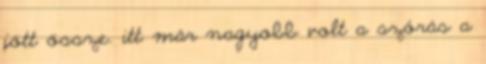
jött össze. itt már nagyobb volt a szórás a